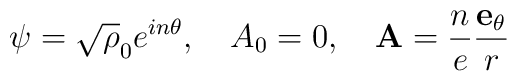
\psi=\sqrt\rho_0 e^{in\theta}, \quad A_0=0, \quad{\bf A}=\frac{n}{e}\frac{{\bf e}_\theta}{r}